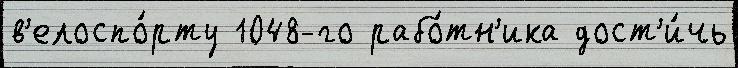
в'елоспо́рту 1048-го рабо́тн'ика дост'и́чь